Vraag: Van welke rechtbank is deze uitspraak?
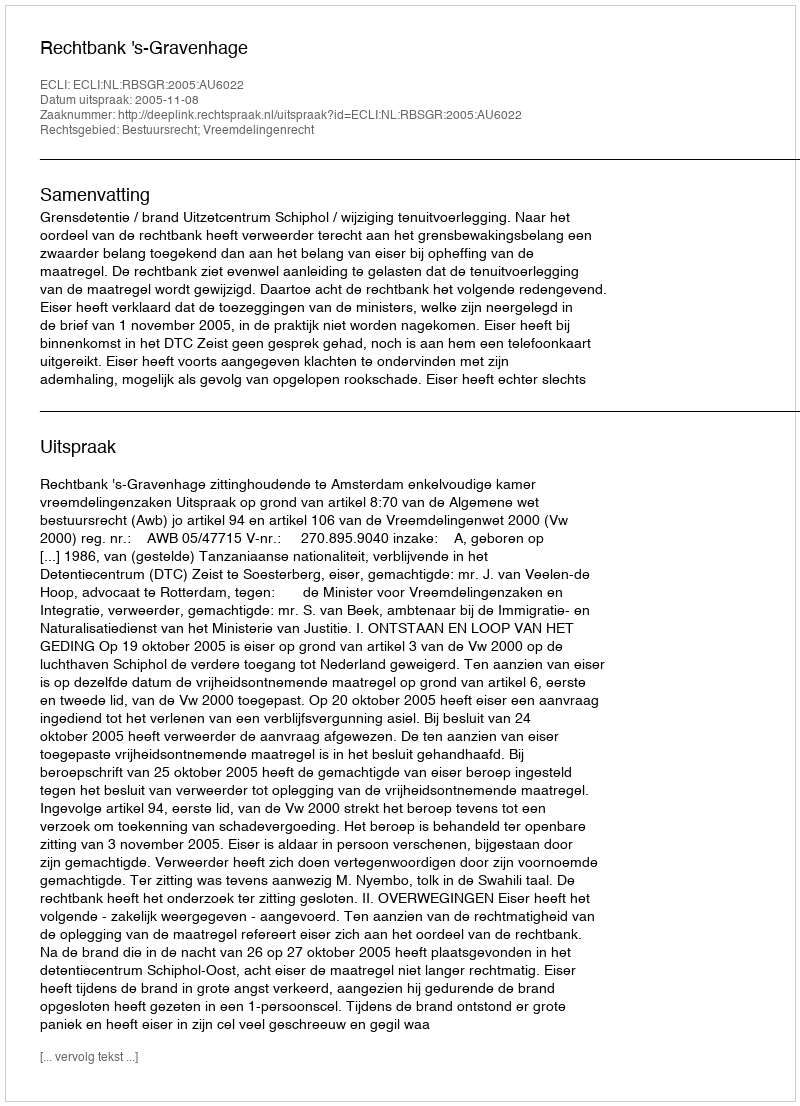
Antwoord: Rechtbank 's-Gravenhage